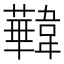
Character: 𩏧